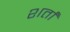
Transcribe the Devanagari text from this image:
शर्तां